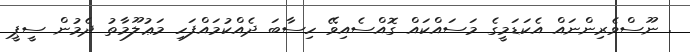
. ނޫސްވެރިންނައް އެކަޑަމީގެ މަސައްކައް ގޮއްސެއިވޭ ހިސާބަ ދެއްކުމައްފަހި މަޢުލޫމާތު ދެމުން ސީޕީ